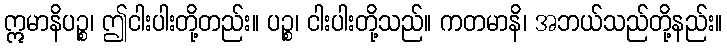
ဣမာနိပဉ္စ၊ ဤငါးပါးတို့တည်း။ ပဉ္စ၊ ငါးပါးတို့သည်။ ကတမာနိ၊ အဘယ်သည်တို့နည်း။